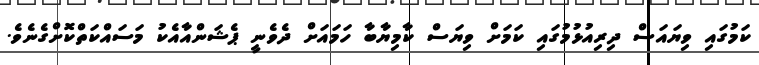
ކަމުގައި ވިޔައަސް ދިރިއުޅުމުގައި ކަމަށް ވިޔަސް ކާމިޔާބާ ހަމައަށް ދެވެނީ ޕެޝަންއާއެކު މަސައްކަތްކޮށްގެނެވެ.